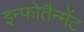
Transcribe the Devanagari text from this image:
इन्फोतैन्मेंट